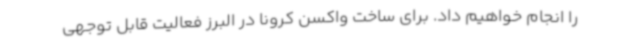
را انجام خواهیم داد. برای ساخت واکسن کرونا در البرز فعالیت قابل توجهی